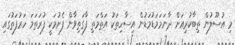
މި އުސޫލުން ތިބާކުރިއަށް ދާނަމަމަޑުމަޑުން އިސާހިތަކު އަތްމަތި ފާގަތިވާން ފެށުމަކީ ފުރަތަމަ ހަރުފަތުގައި